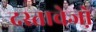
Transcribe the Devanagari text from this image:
दस्तावेजो़